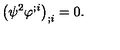
\big ( \psi ^ { 2 } \varphi ^ { ; i } \big ) _ { ; i } = 0 .